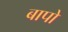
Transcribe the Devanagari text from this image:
बापो